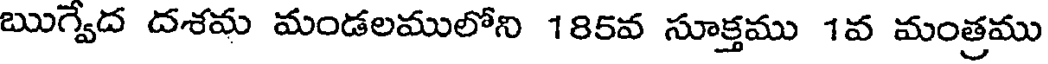
ఋగ్వేద దశమ మండలములోని 185వ సూక్తము 1వ మంత్రము